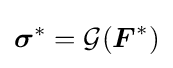
{\boldsymbol {\sigma }}^{*}={\mathcal {G}}({\boldsymbol {F}}^{*})